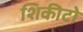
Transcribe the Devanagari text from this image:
शिकीटो